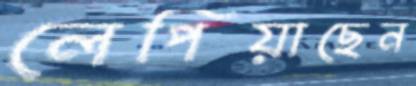
লেপিয়াছেন